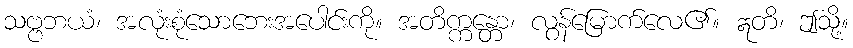
သဗ္ဗဘယံ၊ အလုံးစုံသောဘေးအပေါင်းကို။ အတိက္ကန္တော၊ လွန်မြောက်လေ၏။ ဣတိ၊ ဤသို့။